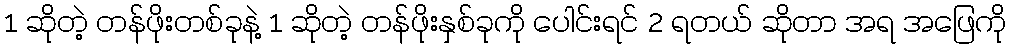
1 ဆိုတဲ့ တန်ဖိုးတစ်ခုနဲ့ 1 ဆိုတဲ့ တန်ဖိုးနှစ်ခုကို ပေါင်းရင် 2 ရတယ် ဆိုတာ အရ အဖြေကို